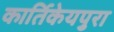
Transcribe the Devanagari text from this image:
कार्तिकेयपुरा